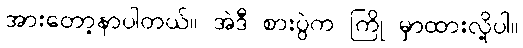
အားတော့နာပါတယ်။ အဲဒီ စားပွဲက ကြို မှာထားလို့ပါ။